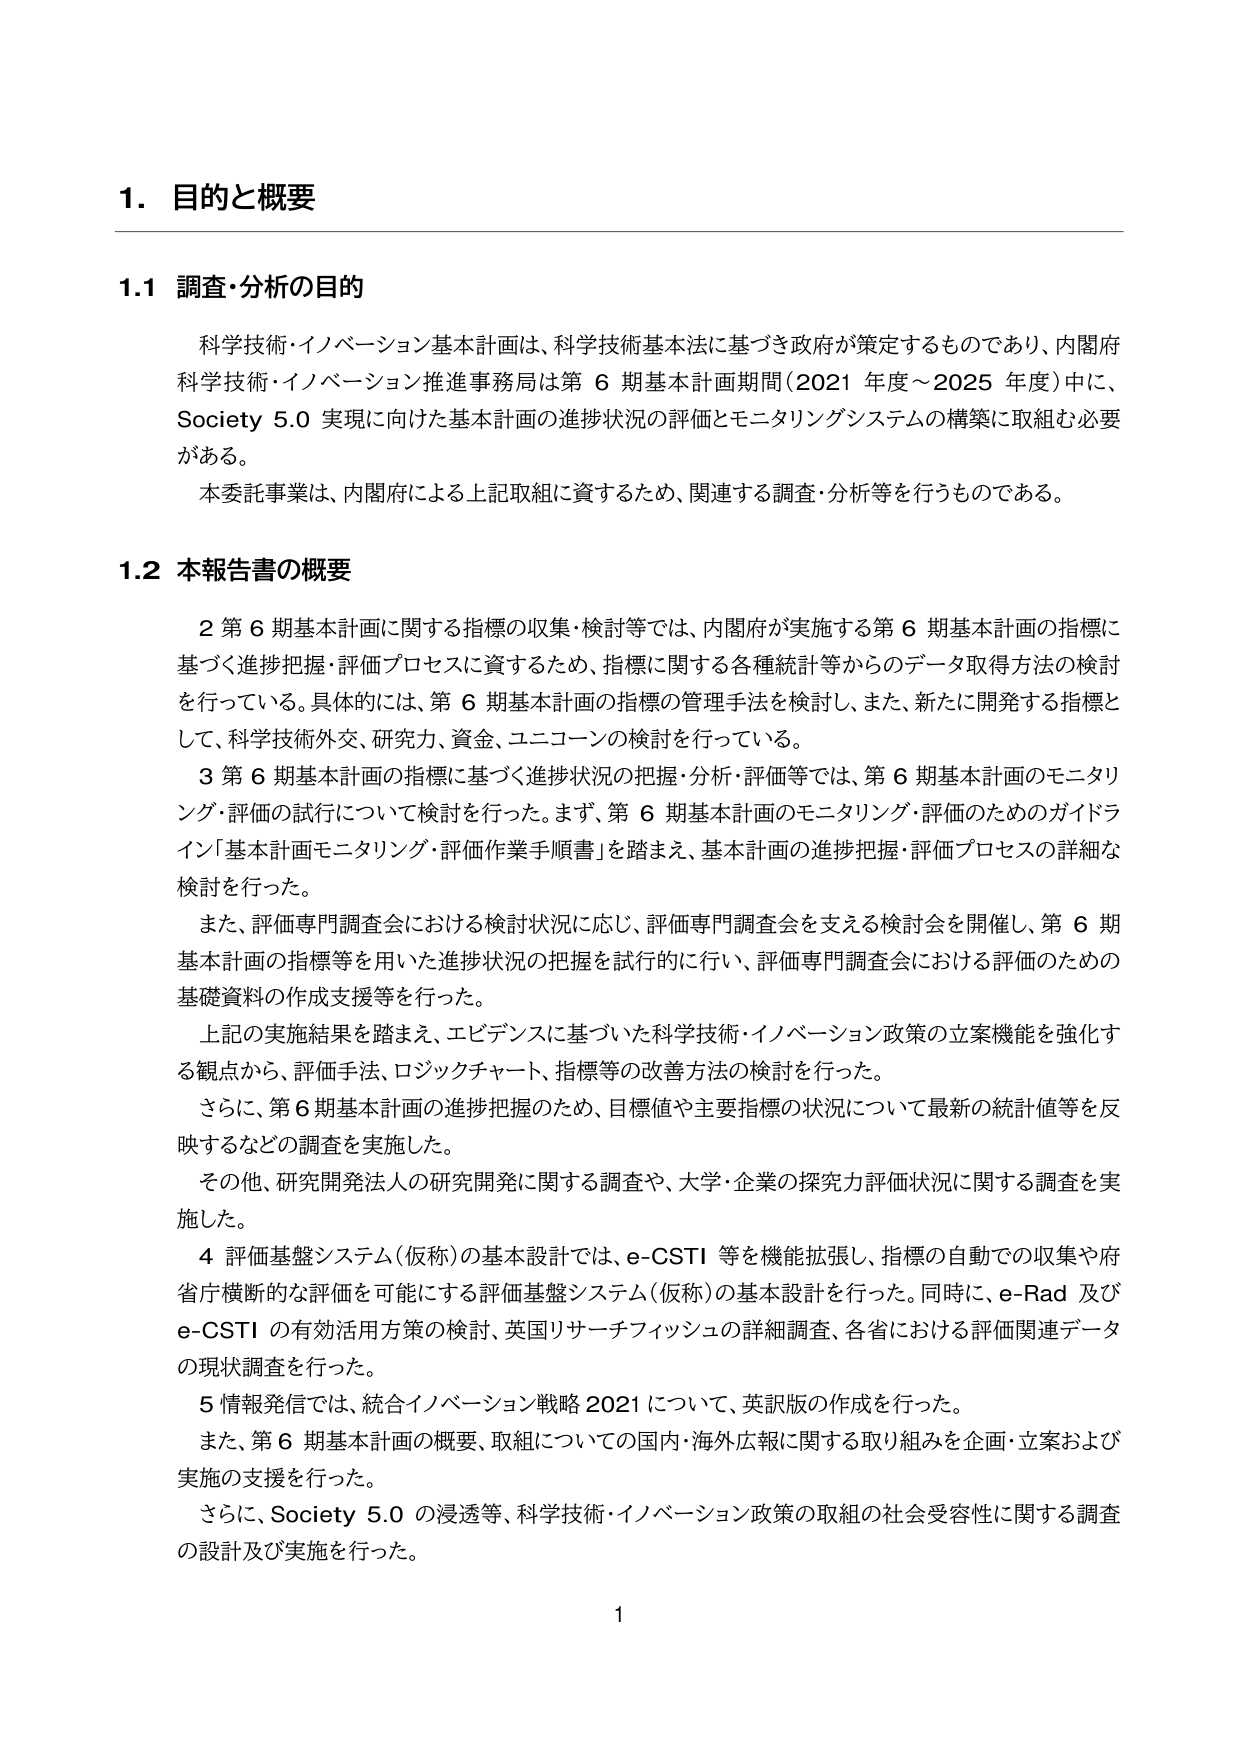
1. 目的と概要

1.1 調査・分析の目的

科学技術・イノベーション基本計画は、科学技術基本法に基づき政府が策定するものであり、内閣府科学技術・イノベーション推進事務局は第6期基本計画期間（2021年度～2025年度）中に、Society 5.0実現に向けた基本計画の進捗状況の評価とモニタリングシステムの構築に取組む必要がある。

本委託事業は、内閣府による上記取組に資するため、関連する調査・分析等を行うものである。

1.2 本報告書の概要

2 第6期基本計画に関する指標の収集・検討等では、内閣府が実施する第6期基本計画の指標に基づく進捗把握・評価プロセスに資するため、指標に関する各種統計等からのデータ取得方法の検討を行っている。具体的には、第6期基本計画の指標の管理手法を検討し、また、新たに開発する指標として、科学技術外交、研究力、資金、ユニコーンの検討を行っている。

3 第6期基本計画の指標に基づく進捗状況の把握・分析・評価等では、第6期基本計画のモニタリング・評価の試行について検討を行った。まず、第6期基本計画のモニタリング・評価のためのガイドライン「基本計画モニタリング・評価作業手順書」を踏まえ、基本計画の進捗把握・評価プロセスの詳細な検討を行った。

また、評価専門調査会における検討状況に応じ、評価専門調査会を支える検討会を開催し、第6期基本計画の指標等を用いた進捗状況の把握を試行的に行い、評価専門調査会における評価のための基礎資料の作成支援等を行った。

上記の実施結果を踏まえ、エビデンスに基づいた科学技術・イノベーション政策の立案機能を強化する観点から、評価手法、ロジックチャート、指標等の改善方法の検討を行った。

さらに、第6期基本計画の進捗把握のため、目標値や主要指標の状況について最新の統計値等を反映するなどの調査を実施した。

その他、研究開発法人の研究開発に関する調査や、大学・企業の探究力評価状況に関する調査を実施した。

4 評価基盤システム（仮称）の基本設計では、e-CSTI等を機能拡張し、指標の自動での収集や府省庁横断的な評価を可能にする評価基盤システム（仮称）の基本設計を行った。同時に、e-Rad及びe-CSTIの有効活用方策の検討、英国リサーチフィッシュの詳細調査、各省における評価関連データの現状調査を行った。

5 情報発信では、統合イノベーション戦略2021について、英訳版の作成を行った。

また、第6期基本計画の概要、取組についての国内・海外広報に関する取り組みを企画・立案および実施の支援を行った。

さらに、Society 5.0の浸透等、科学技術・イノベーション政策の取組の社会受容性に関する調査の設計及び実施を行った。

1